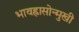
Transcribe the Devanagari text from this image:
भावह्रासोन्मुखी